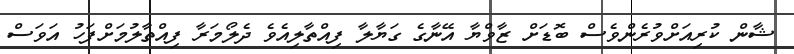
ޝާން ކުރިއަށްވުރެންވެސް ބޮޑަށް ޒާވްޔާ އޭނާގެ ގަޔާލާ ފިއްތާލިއެވެ ދެލޯމަރާ ފިއްތާލުމަށްފަހު އަވަސް